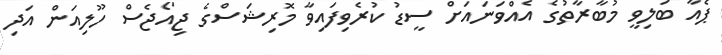
ޕެއާ ބަލިވީ މުބާރާތުގެ އެއްވަނައަށް ސީޑު ކުރެވިފައިވާ މޮރިޝަސްގެ ޖިއޯޖެސް ހޫލިއަން އަދި